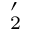
' _ { 2 }